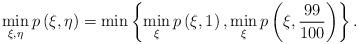
LaTeX: \begin{align*}\min_{\xi, \eta} p\left(\xi, \eta\right) = \min\left\{\min_{\xi}p\left(\xi, 1\right), \min_{\xi}p\left(\xi, \frac{99}{100}\right)\right\}. \end{align*}